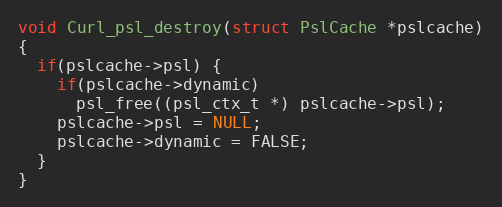
Language: C
void Curl_psl_destroy(struct PslCache *pslcache)
{
  if(pslcache->psl) {
    if(pslcache->dynamic)
      psl_free((psl_ctx_t *) pslcache->psl);
    pslcache->psl = NULL;
    pslcache->dynamic = FALSE;
  }
}